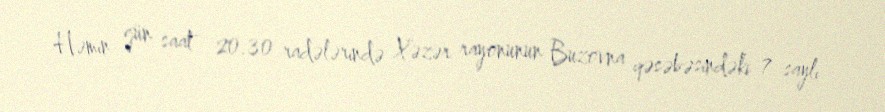
Həmin gün saat 20.30 radələrində Xəzər rayonunun Buzovna qəsəbəsindəki 7 saylı